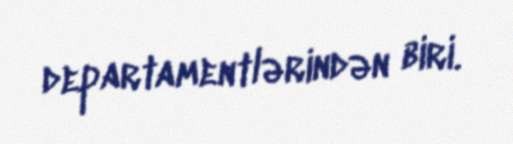
departamentlərindən biri.